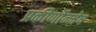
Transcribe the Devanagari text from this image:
प्रकीर्णोन्मेष